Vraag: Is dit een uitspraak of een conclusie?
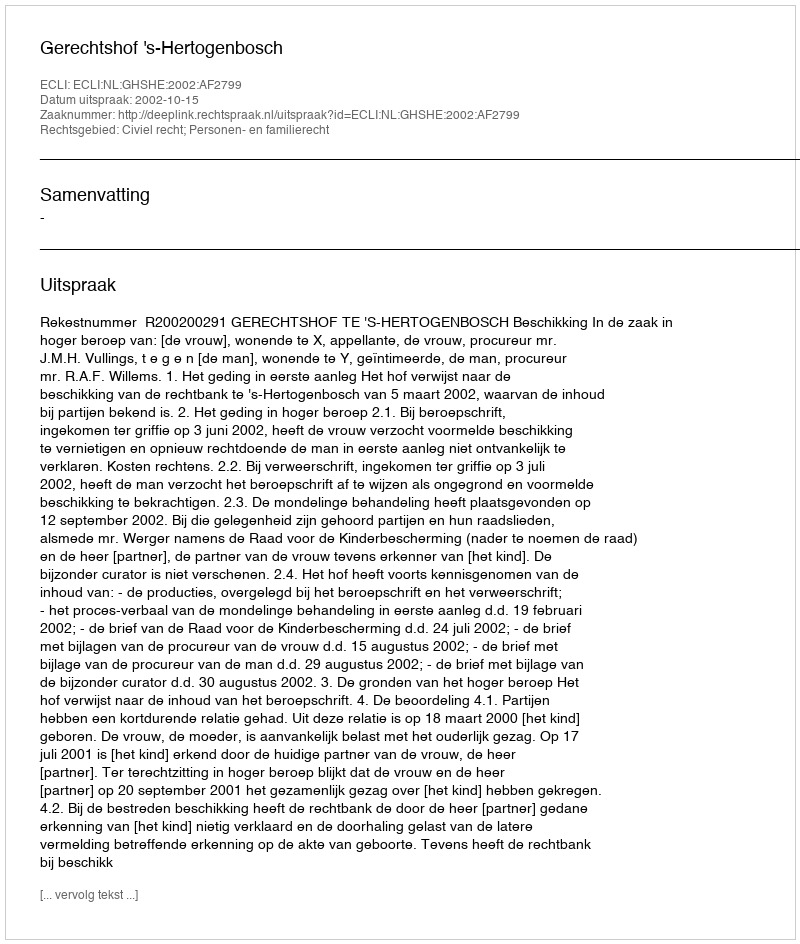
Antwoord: Uitspraak